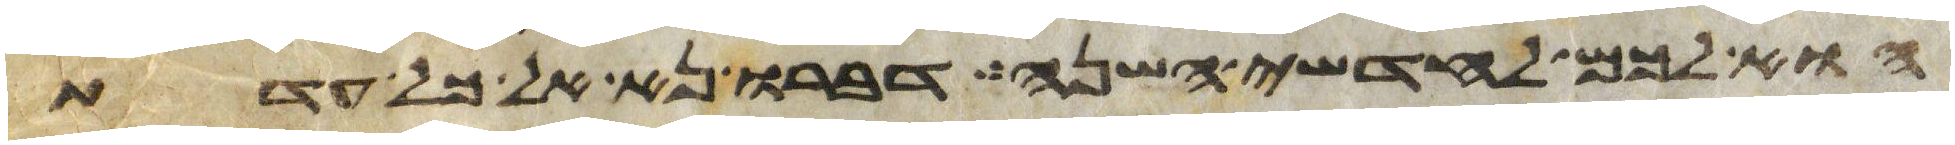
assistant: הוא לכם לחדשי השנה דברו נא אל כל עדת